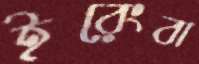
ইরেংবা